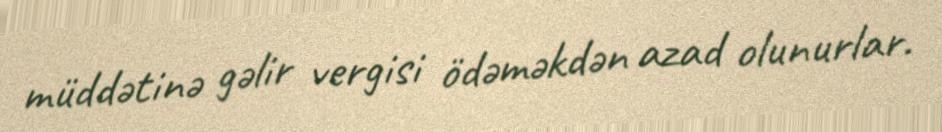
müddətinə gəlir vergisi ödəməkdən azad olunurlar.